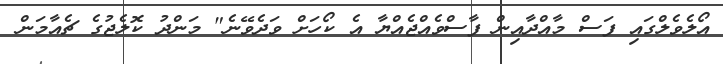
އޯލެވެލްގައި ފަސް މާއްދާއިން ފާސްވެއްޖެއްޔާ އެ ކޯހަށް ވަދެވޭނެ" މަންދު ކޮލެޖުގެ ޗެއާމަން